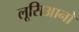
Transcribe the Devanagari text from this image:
लूसिआनो